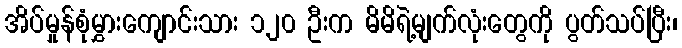
အိပ်မှုန်စုံမွှားကျောင်းသား ၁၂၀ ဦးက မိမိရဲ့မျက်လုံးတွေကို ပွတ်သပ်ပြီး၊